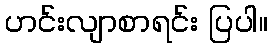
ဟင်းလျာစာရင်း ပြပါ။